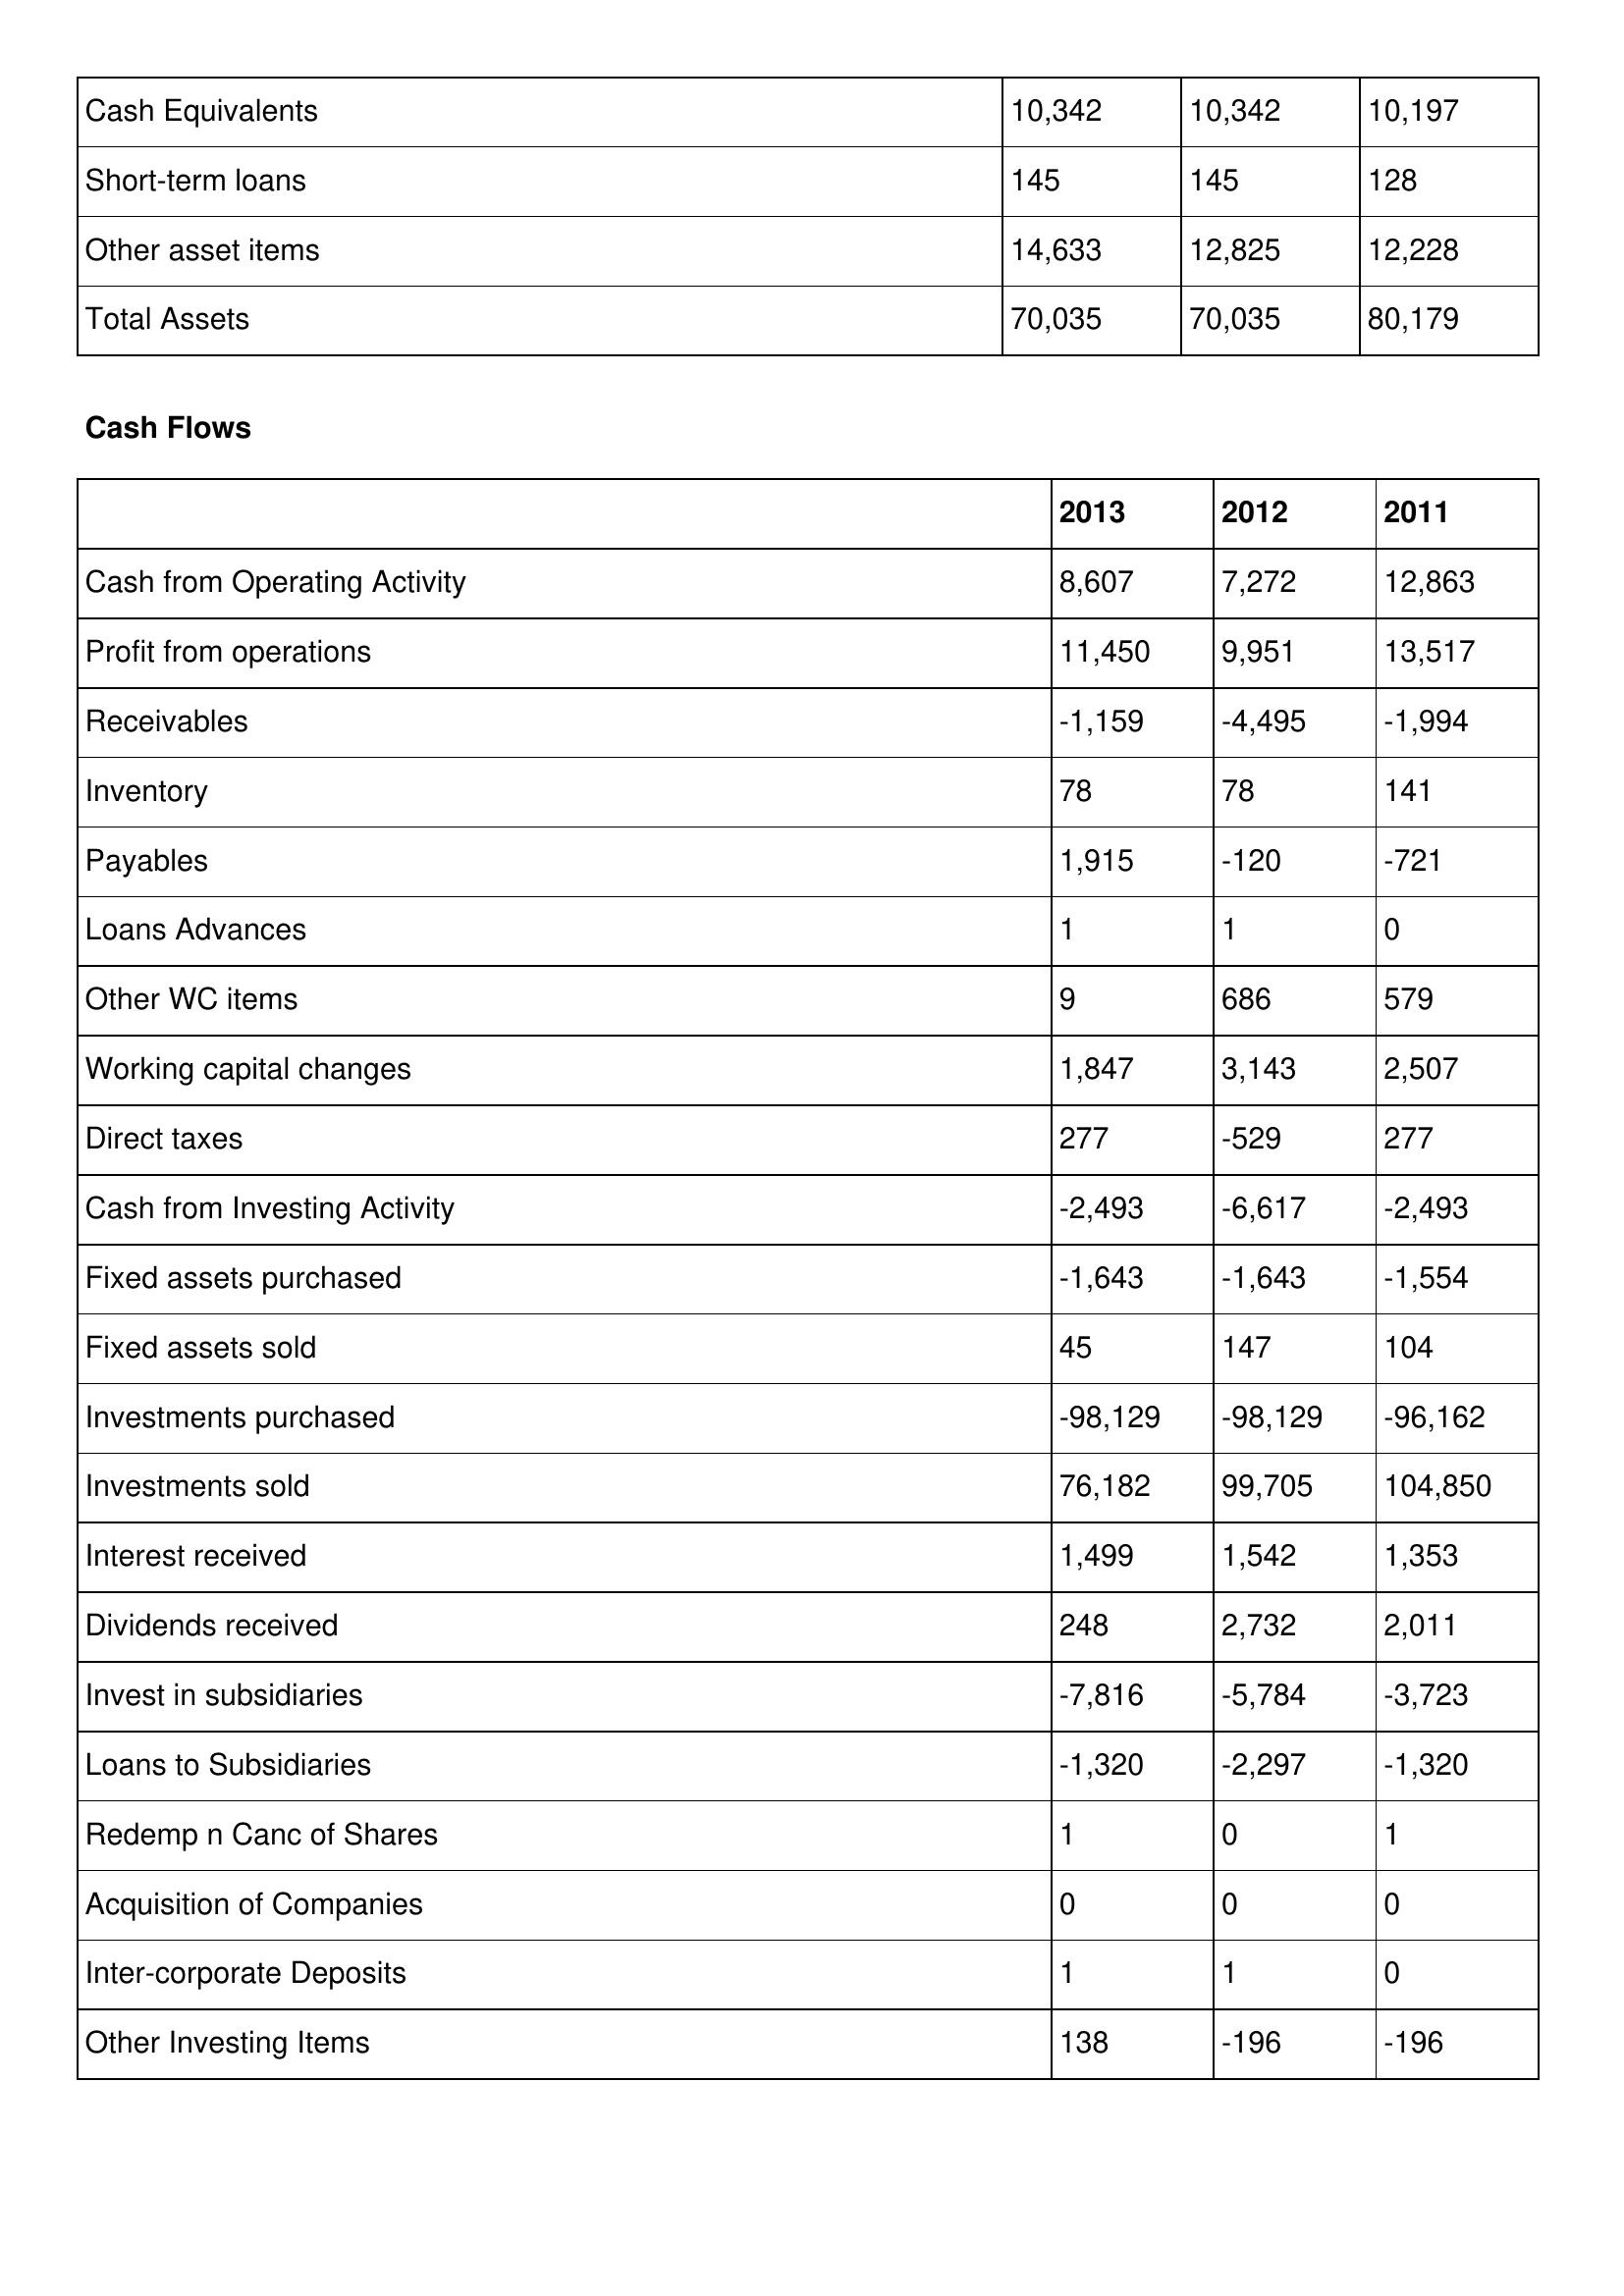
gt_parse: 2013: Balance Sheet: Cash Equivalents: 10,342
Short-term loans: 145
Other asset items: 14,633
Total Assets: 70,035
Cash Flows: Cash from Operating Activity: 8,607
Profit from operations: 11,450
Receivables: -1,159
Inventory: 78
Payables: 1,915
Loans Advances: 1
Other WC items: 9
Working capital changes: 1,847
Direct taxes: 277
Cash from Investing Activity: -2,493
Fixed assets purchased: -1,643
Fixed assets sold: 45
Investments purchased: -98,129
Investments sold: 76,182
Interest received: 1,499
Dividends received: 248
Invest in subsidiaries: -7,816
Loans to Subsidiaries: -1,320
Redemp n Canc of Shares: 1
Acquisition of Companies: 0
Inter-corporate Deposits: 1
Other Investing Items: 138
2012: Balance Sheet: Cash Equivalents: 10,342
Short-term loans: 145
Other asset items: 12,825
Total Assets: 70,035
Cash Flows: Cash from Operating Activity: 7,272
Profit from operations: 9,951
Receivables: -4,495
Inventory: 78
Payables: -120
Loans Advances: 1
Other WC items: 686
Working capital changes: 3,143
Direct taxes: -529
Cash from Investing Activity: -6,617
Fixed assets purchased: -1,643
Fixed assets sold: 147
Investments purchased: -98,129
Investments sold: 99,705
Interest received: 1,542
Dividends received: 2,732
Invest in subsidiaries: -5,784
Loans to Subsidiaries: -2,297
Redemp n Canc of Shares: 0
Acquisition of Companies: 0
Inter-corporate Deposits: 1
Other Investing Items: -196
2011: Balance Sheet: Cash Equivalents: 10,197
Short-term loans: 128
Other asset items: 12,228
Total Assets: 80,179
Cash Flows: Cash from Operating Activity: 12,863
Profit from operations: 13,517
Receivables: -1,994
Inventory: 141
Payables: -721
Loans Advances: 0
Other WC items: 579
Working capital changes: 2,507
Direct taxes: 277
Cash from Investing Activity: -2,493
Fixed assets purchased: -1,554
Fixed assets sold: 104
Investments purchased: -96,162
Investments sold: 104,850
Interest received: 1,353
Dividends received: 2,011
Invest in subsidiaries: -3,723
Loans to Subsidiaries: -1,320
Redemp n Canc of Shares: 1
Acquisition of Companies: 0
Inter-corporate Deposits: 0
Other Investing Items: -196